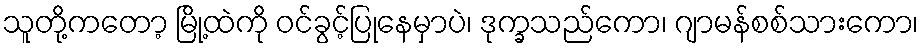
သူတို့ကတော့ မြို့ထဲကို ဝင်ခွင့်ပြုနေမှာပဲ၊ ဒုက္ခသည်ကော၊ ဂျာမန်စစ်သားကော၊